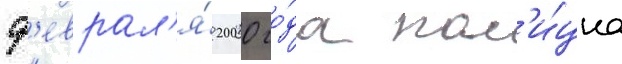
ф'еврал'я́ 2000 го́да пол'и́циа